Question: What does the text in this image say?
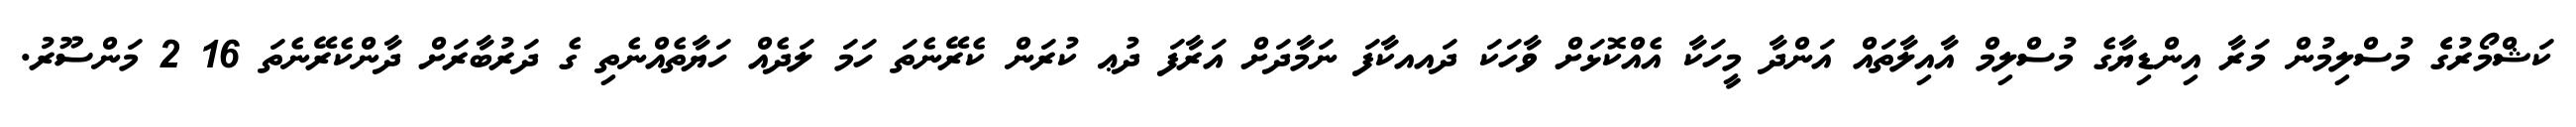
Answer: ކަޝްމޯރުގެެ މުސްލިމުން މަރާ އިންޑިޔާގެ މުސްލިމް އާއިލާތައް އަންދާ މީހަކާ އެއްކޮޅަށް ވާހަކަ ދައއކާފަ ނަމާދަށް އަރާފަ ދުޢ ކުރަން ކެރޭނެތަ ހަމަ ލަދެއް ހަޔާތެއްނެތި ގެ ދަރުބާރަށް ދާންކެރޭނެތަ 16 2 މަންސޫރު.